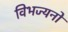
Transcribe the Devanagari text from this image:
विभज्यनो